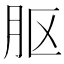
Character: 𬁵